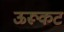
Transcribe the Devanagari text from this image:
ऊरूकट